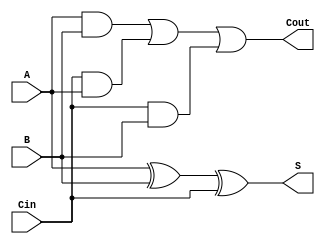
module FA(
  input A,B,Cin,
  output reg S,Cout);
  always @(A,B,Cin)
    begin
      S=A^B^Cin;
      Cout=(A&B)|(Cin&A)|(Cin&B);
    end
endmodule